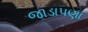
જાડાપણા